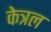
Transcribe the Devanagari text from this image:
केत्रल